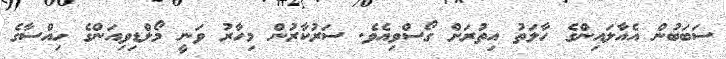
ސަބަބުން އެއާލައިންގެ ހާލަތު އިތުރަށް ގޯސްވިއެވެ. ސަރުކާރުން މިހާރު ވަނީ މޯލްޑިވިއަންގެ ހިއްސާގެ